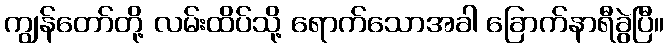
ကျွန်တော်တို့ လမ်းထိပ်သို့ ရောက်သောအခါ ခြောက်နာရီခွဲပြီ။